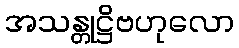
အသန္တုဋ္ဌိဗဟုလော